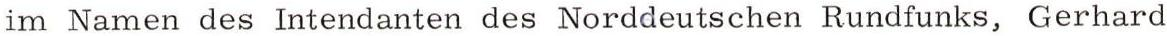
im Namen des Intendanten des Norddeutschen Rundfunks, Gerhard